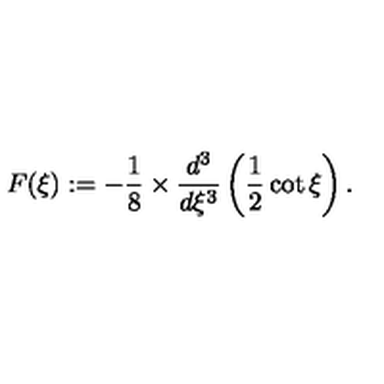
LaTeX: F ( \xi ) : = - \frac { 1 } { 8 } \times { \frac { d ^ { 3 } } { d \xi ^ { 3 } } } \left( { \frac { 1 } { 2 } } \cot { \xi } \right) .